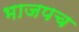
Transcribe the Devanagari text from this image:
भाजपच